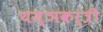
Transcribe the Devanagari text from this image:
यज्ञकर्त्री